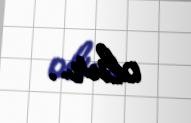
olur..